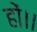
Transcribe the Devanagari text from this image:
हों।।